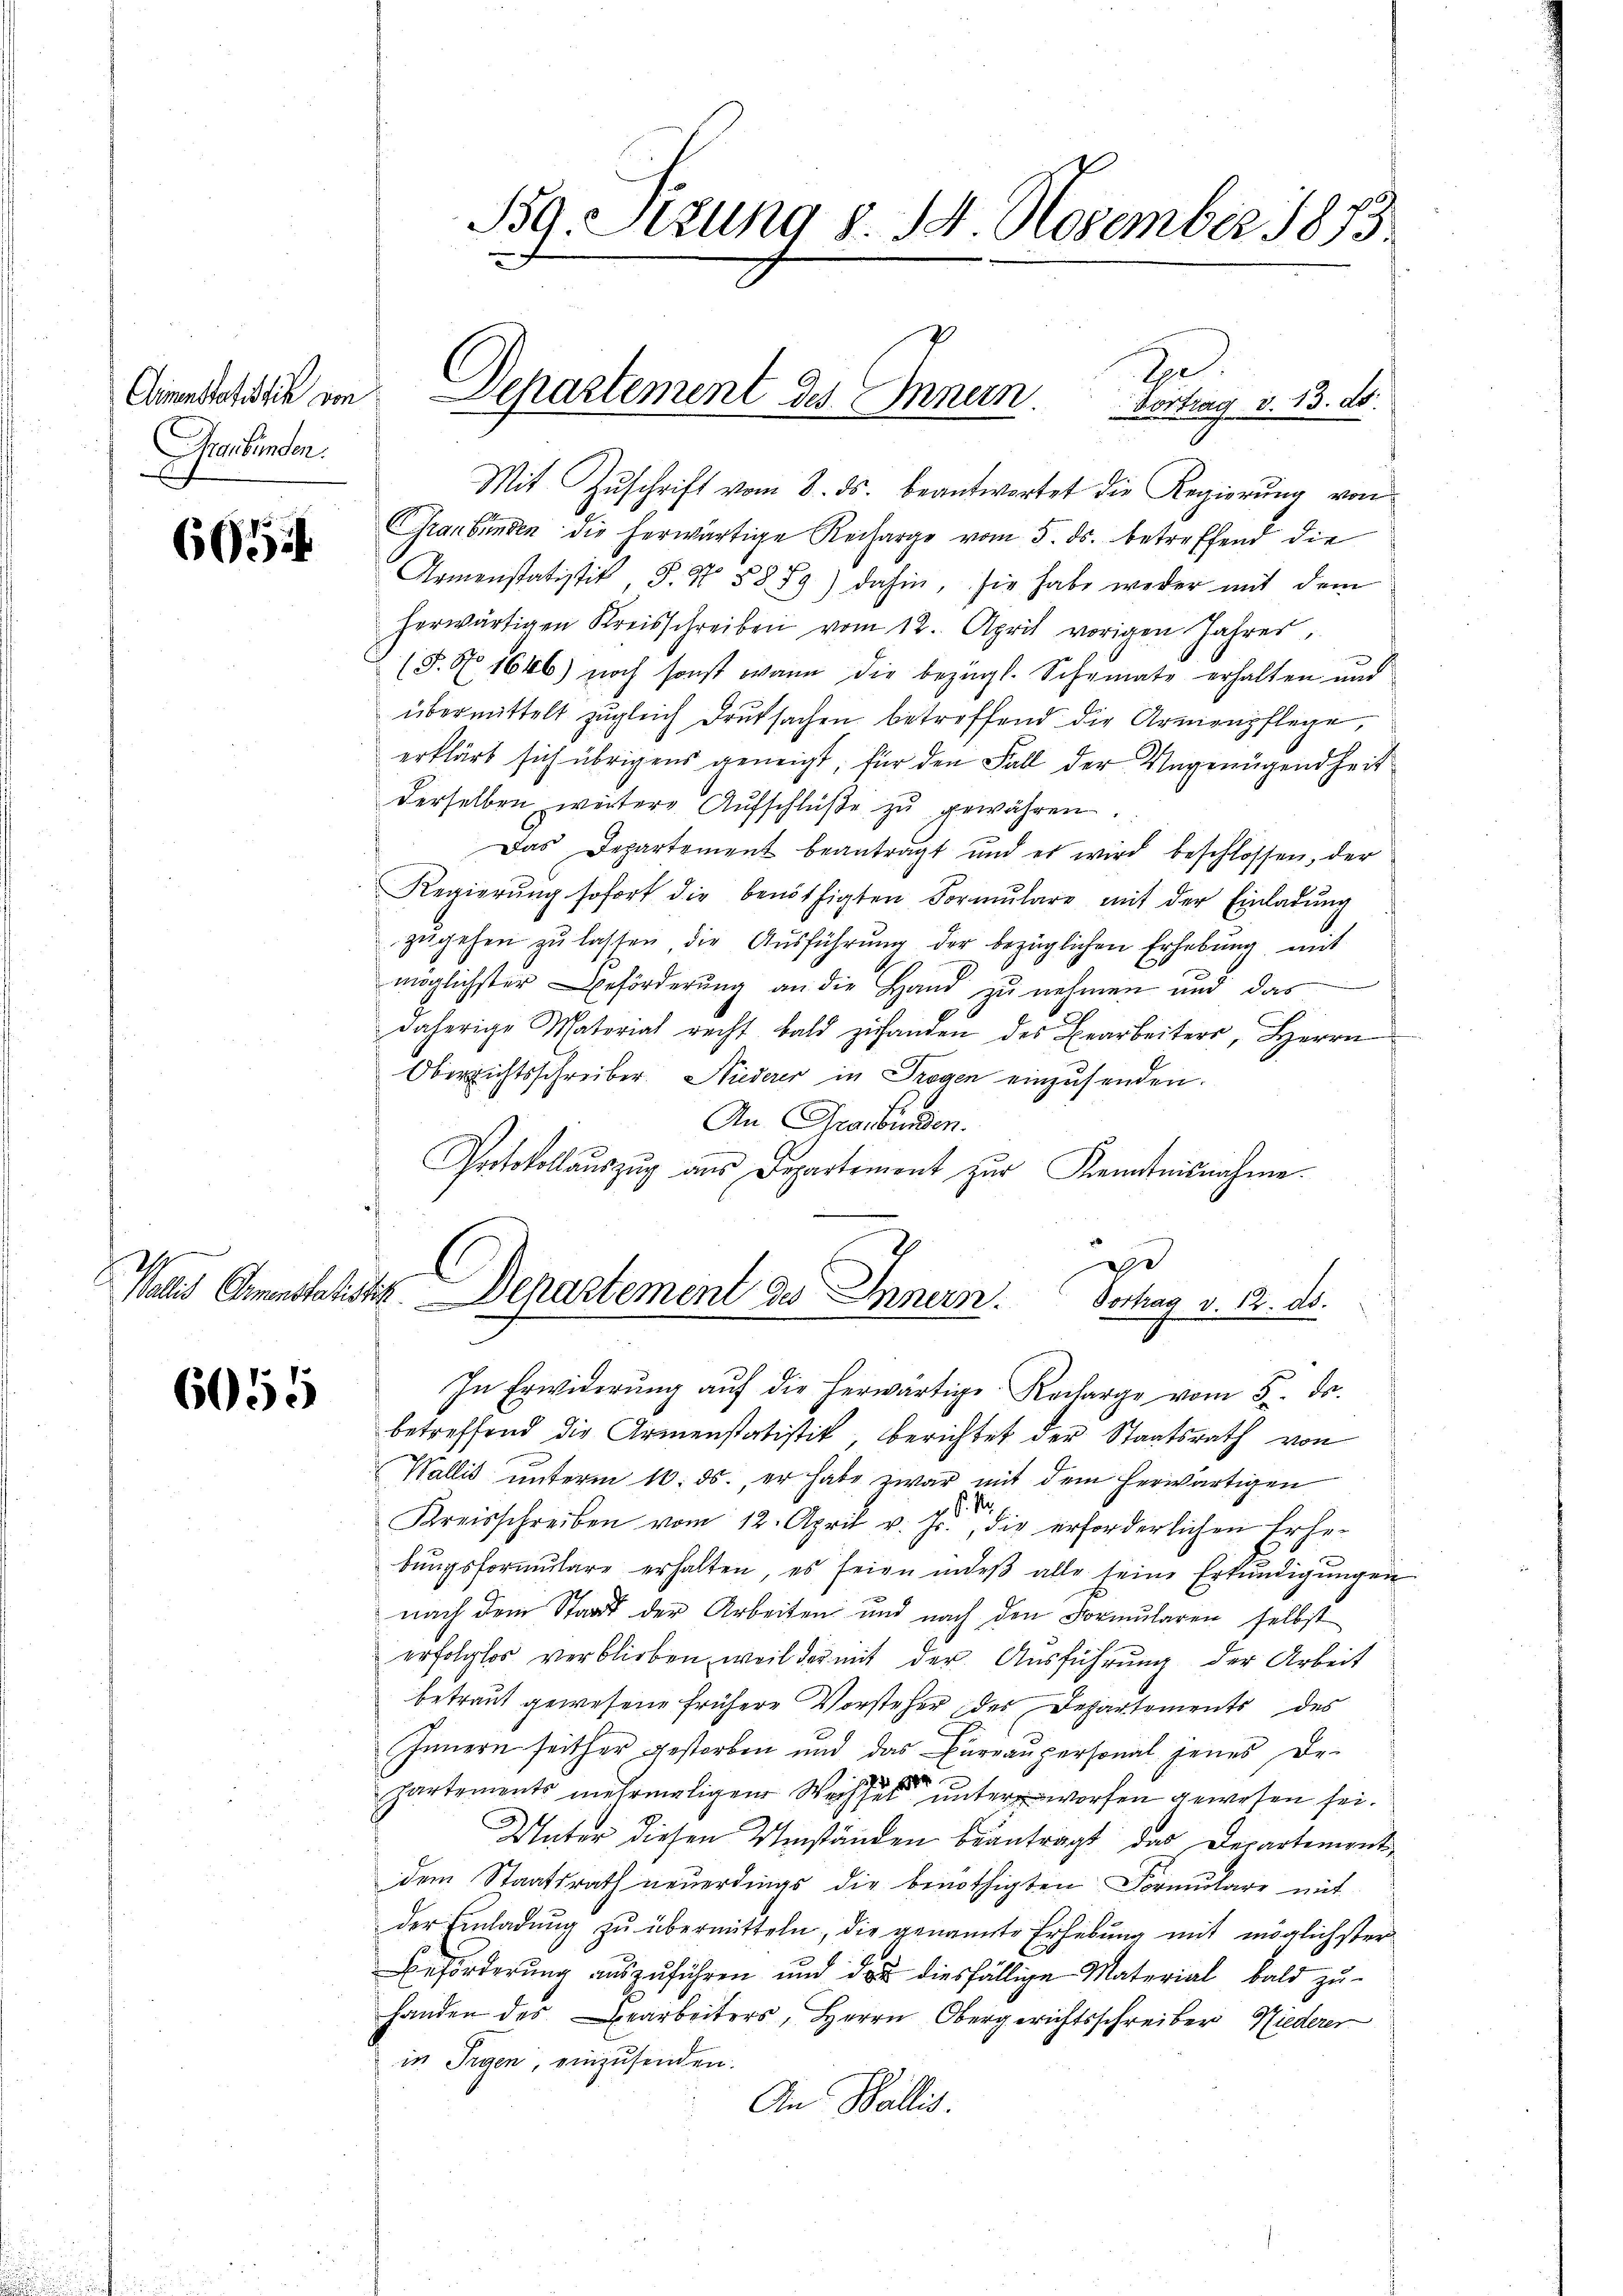
Climenstatistik von
Graubünden.

6052

e

6055

B9. Sizung §. 14. November 1873

Mit Zŭschrift vom 8. ds. beantwortet die Regierŭng von
Graubünden die herwärtige Recharge vom 5. ds. betreffend die
Armenstatistik S. Nr. 5879) dahin, sie habe weder mit dem
herwärtigen Kreisschreiben vom 12. April vorigen Jahres,
(§. No 1646) noch sonst wann die bezügl. Schemate erhalten und
übermittelt zugleich Druksachen betreffend die Armenpflege,
erklärt sich übrigens geneigt, für den Fall der Ungenügendheit
derselben weitere Aŭfschlüβe zŭ gewähren.
Das Departement beantragt und es wird beschlossen, der
Regierŭng sofort die benöthigten Formŭlare mit der Einladŭng
zŭgehen zŭ lassen, die Aŭsführŭng der bezüglichen Erhebung mit
möglichster Beförderung an die Hand zu nehmen und das
daherige Natorial recht bald zŭ handen des Bearbeiters, Herrn
Oberrichtsschreiber. Niederer in Trogen einzusenden.
An Gras bunden.
Protokollauszug aus Departement zur Kenntnisnahme.
e
C
Wallis Armenstatistig. Departement des Innern.
Vortrag v. 12. ds.

2
Separtement des Innern. Vortrag v. 13. ds.

In Erwiderŭng aŭf die herwärtige Recharge vom 5. ds.
betreffend die Armenstatistik berichtet der Staatsrath von
Wallis unterm 10. ds., er habe zwar mit dem herwärtigen
J. M.
Kreisschreiben vom 12. April v. Js., die erforderlichen Erhebŭngsformŭlare erhalten, es seien indeβ alle seine Erkŭndigŭngen
nach dem Staat der Arbeiten und nach den Formularen selbst
erfolglos verblieben, weil der mit der Ausführŭng der Arbeit
betraut gewesene frühere Vorsteher des Departements des
Innern seither gestorben und das Büreaŭpersonal jenes De-
partements mehrmaligen Wechsen unterworfen gewesen sei.
Unter diesen Umständen beantragt das Departementdem Staatsrath neuerdings die benöthigten Formulare mit
der Anladung zu übermitteln, die genannte Erhebung mit möglichster
Beförderŭng aŭszŭführen und das diesfällige Material bald zŭ-
handen des Bearbeiters, Herrn Obergerichtsschreiber Niederer
in Irgen, einzusenden.
An Wallis.